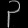
Digit: ၃